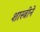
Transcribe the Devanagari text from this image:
शास्त्रीने